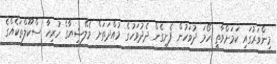
މިންވަރުގައި ކަމަށްވާތީ ހޯމަ ދުވަހުން ފެށިގެން ދެދުވަހުގެ މުއްދަތަށް މެލޭޝިޔާގެ ހުރިހާ ސްކޫލްތަކެއްގެ